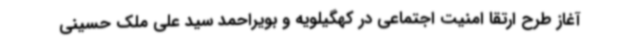
آغاز طرح ارتقا امنیت اجتماعی در کهگیلویه و بویراحمد سید علی ملک حسینی